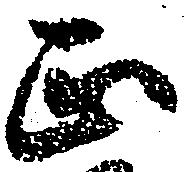
正